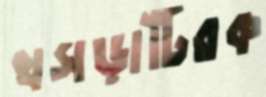
খসড়াটিরক